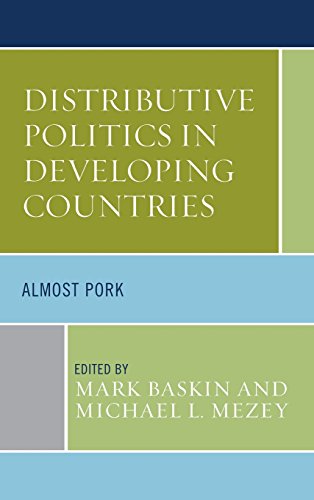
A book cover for Distributive Politics in Developing Countries: Almost Pork; Business & Money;